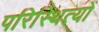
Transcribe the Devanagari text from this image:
परिस्थित्यों